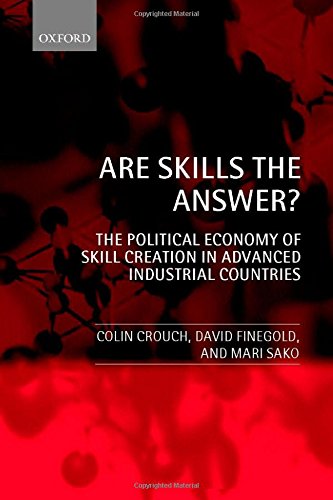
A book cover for Are Skills the Answer?: The Political Economy of Skill Creation in Advanced Industrial Countries; Colin Crouch; Education & Teaching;